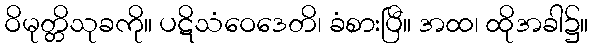
ဝိမုတ္တိသုခကို။ ပဋိသံဝေဒေတိ၊ ခံစားပြီ။ အထ၊ ထိုအခါ၌။